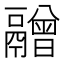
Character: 䰝